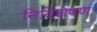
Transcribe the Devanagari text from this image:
निर्विशेषण